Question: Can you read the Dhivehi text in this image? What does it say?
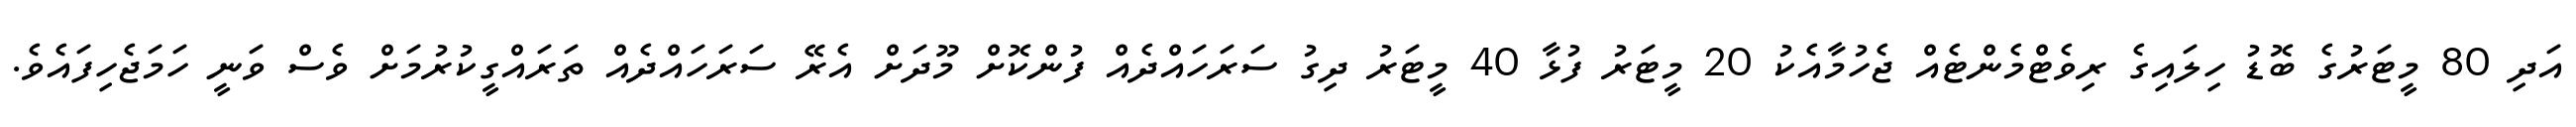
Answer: އަދި 80 މީޓަރުގެ ބޮޑު ހިލައިގެ ރިވެޓްމެންޓެއް ޖެހުމާއެކު 20 މީޓަރު ފުޅާ 40 މީޓަރު ދިގު ސަރަހައްދެއް ފުންކޮށް މޫދަށް އެރޭ ސަރަހައްދެއް ތަރައްގީކުރުމަށް ވެސް ވަނީ ހަމަޖެހިފައެވެ.